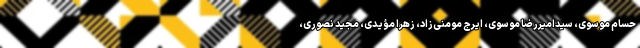
حسام موسوی، سیدامیررضا موسوی، ایرج مومنی‌زاد، زهرا مؤیدی، مجید نصوری،